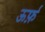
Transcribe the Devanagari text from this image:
ऊर्फ़